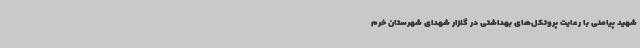
شهید پیامنی با رعایت پروتکل‌های بهداشتی در گلزار شهدای شهرستان خرم